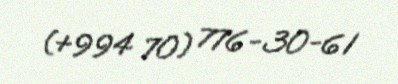
(+994 70) 776-30-61